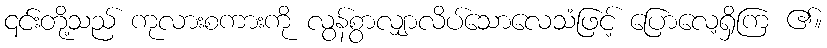
၎င်းတို့သည် ကုလားစကားကို လွန်စွာလျှာလိပ်သောလေသံဖြင့် ပြောလေ့ရှိကြ ၏။